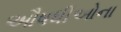
ઔષધીઓના